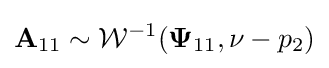
{\mathbf {A} _{11}}\sim {\mathcal {W}}^{-1}({\mathbf {\Psi } _{11}},\nu -p_{2})